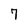
Character: 7